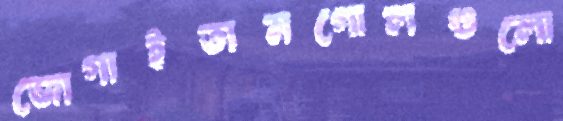
জোগাইতামগোলগুলো